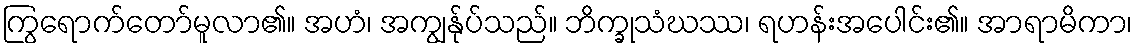
ကြွရောက်တော်မူလာ၏။ အဟံ၊ အကျွန်ုပ်သည်။ ဘိက္ခုသံဃဿ၊ ရဟန်းအပေါင်း၏။ အာရာမိကာ၊